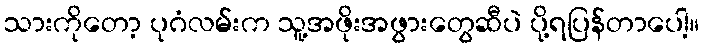
သားကိုတော့ ပုဂံလမ်းက သူ့အဖိုးအဖွားတွေဆီပဲ ပို့ရပြန်တာပေါ့။